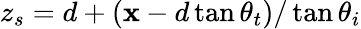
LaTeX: z_{s}=d+(\mathbf{x}-d\tan\theta_{t})/\tan\theta_{i}